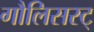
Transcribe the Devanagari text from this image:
गौलिसस्ट्